Civil Veterinary Dept. Bombay admin report 1914-1922 - 1914-1922
Year: 1914
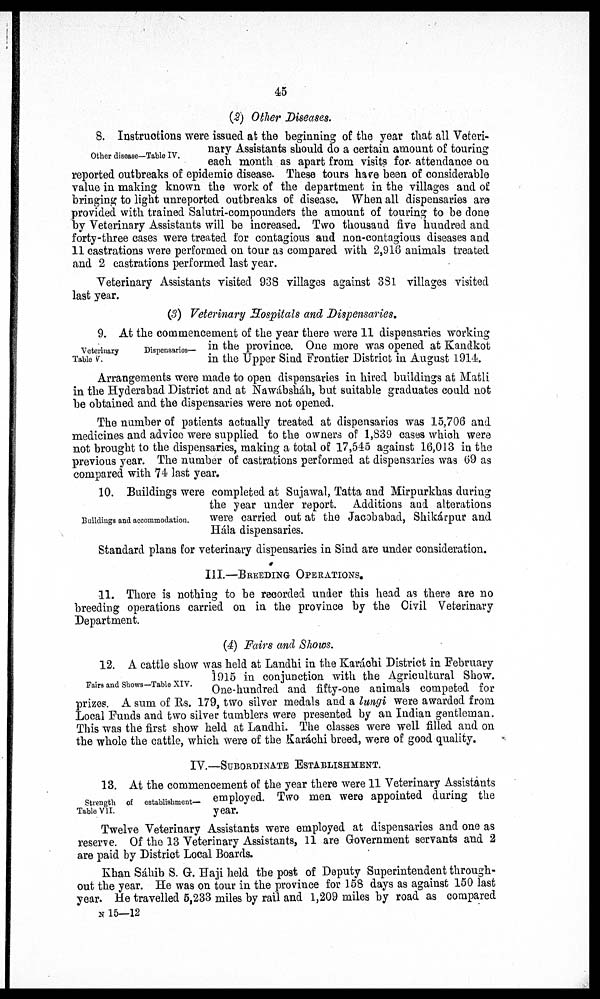
45
(2) Other Diseases.
Other disease—Table IV.
8. Instructions were issued at the beginning of the year that all Veteri-
nary Assistants should do a certain amount of touring
each month as apart from visits for attendance on
reported outbreaks of epidemic disease. These tours have been of considerable
value in making known the work of the department in the villages and of
bringing to light unreported outbreaks of disease. When all dispensaries are
provided with trained Salutri-compounders the amount of touring to be done
by Veterinary Assistants will be increased. Two thousand five hundred and
forty-three cases were treated for contagious and non-contagious diseases and
11 castrations were performed on tour as compared with 2,916 animals treated
and 2 castrations performed last year.
Veterinary Assistants visited 938 villages against 381 villages visited
last year.
(3) Veterinary Hospitals and Dispensaries.
Veterinary
Dispensaries—
Table V.
9. At the commencement of the year there were 11 dispensaries working
in the province. One more was opened at Kandkot
in the Upper Sind Frontier District in August 1914.
Arrangements were made to open dispensaries in hired buildings at Matli
in the Hyderabad District and at Nawábsháh, but suitable graduates could not
be obtained and the dispensaries were not opened.
The number of patients actually treated at dispensaries was 15,706 and
medicines and advice were supplied to the owners of 1,839 cases which were
not brought to the dispensaries, making a total of 17,545 against 16,013 in the
previous year. The number of castrations performed at dispensaries was 69 as
compared with 74 last year.
Buildings and accommodation.
10. Buildings were completed at Sujawal, Tatta and Mirpurkhas during
the year under report. Additions and alterations
were carried out at the Jacobabad, Shikárpur and
Hála dispensaries.
Standard plans for veterinary dispensaries in Sind are under consideration.
III.—BREEDING OPERATIONS.
11. There is nothing to be recorded under this head as there are no
breeding operations carried on in the province by the Civil Veterinary
Department.
(4) Fairs and Shows.
Fairs and Shows—Table XIV.
12. A cattle show was held at Landhi in the Karáchi District in February
1915 in conjunction with the Agricultural Show.
One-hundred and fifty-one animals competed for
prizes. A sum of Rs. 179, two silver medals and a lungi were awarded from
Local Funds and two silver tumblers were presented by an Indian gentleman.
This was the first show held at Landhi. The classes were well filled and on
the whole the cattle, which were of the Karáchi breed, were of good quality.
IV.—SUBORDINATE ESTABLISHMENT.
Strength of establishment—
Table VII.
13. At the commencement of the year there were 11 Veterinary Assistants
employed. Two men were appointed during the
year.
Twelve Veterinary Assistants were employed at dispensaries and one as
reserve. Of the 13 Veterinary Assistants, 11 are Government servants and 2
are paid by District Local Boards.
Khan Sáhib S. G. Haji held the post of Deputy Superintendent through-
out the year. He was on tour in the province for 158 days as against 150 last
year. He travelled 5,233 miles by rail and 1,209 miles by road as compared
N 15—12